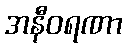
အနီဝရဏာ